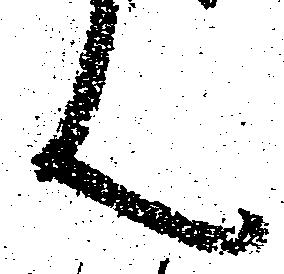
ん